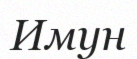
Имун